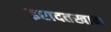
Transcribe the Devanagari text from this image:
इरादतखान